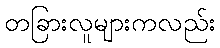
တခြားလူများကလည်း